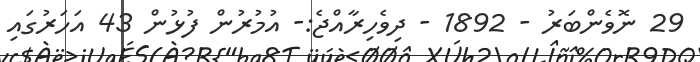
29 ނޮވެންބަރު - 1892 - ދިވެހިރާއްޖެ:- އުމުރުން ފުޅުން 43 އަހަރުގައި